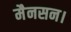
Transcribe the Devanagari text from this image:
मैनसन।